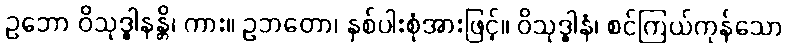
ဥဘော ဝိသုဒ္ဓါနန္တိ၊ ကား။ ဥဘတော၊ နှစ်ပါးစုံအားဖြင့်။ ဝိသုဒ္ဓါနံ၊ စင်ကြယ်ကုန်သော